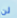
لن